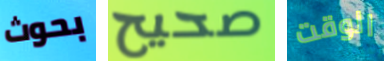
بحوث صحيح الوقت